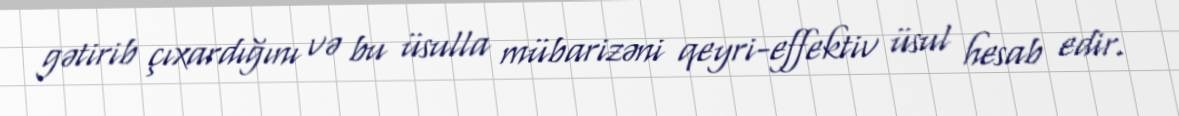
gətirib çıxardığını və bu üsulla mübarizəni qeyri-effektiv üsul hesab edir.